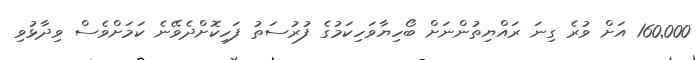
160